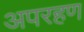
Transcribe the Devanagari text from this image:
अपरहण